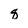
Character: q